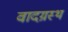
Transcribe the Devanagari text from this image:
वादग्रस्थ